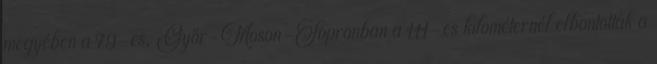
megyében a 79-es, Győr-Moson-Sopronban a 111-es kilométernél elbontották a